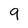
Character: 9